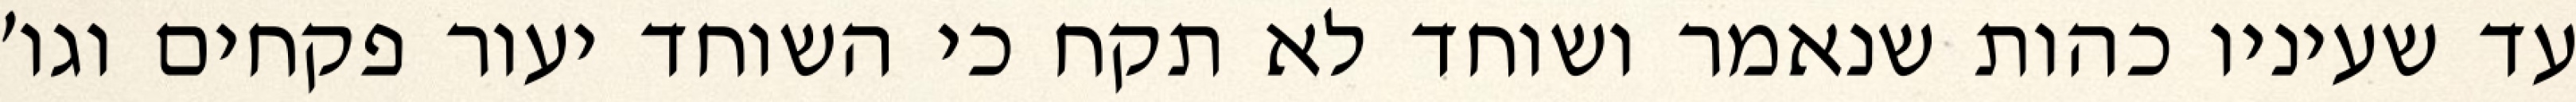
עד שעיניו כהות שנאמר ושוחד לא תקח כי השוחד יעור פקחים וגו׳